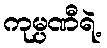
ကုမ္ပဏီရဲ့